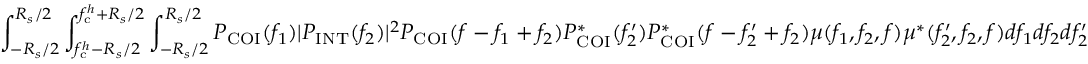
\int _ { - R _ { s } / 2 } ^ { R _ { s } / 2 } \int _ { f _ { \mathrm { c } } ^ { h } - R _ { s } / 2 } ^ { f _ { \mathrm { c } } ^ { h } + R _ { s } / 2 } \int _ { - R _ { s } / 2 } ^ { R _ { s } / 2 } P _ { \mathrm { C O I } } ( f _ { 1 } ) | P _ { \mathrm { I N T } } ( f _ { 2 } ) | ^ { 2 } P _ { \mathrm { C O I } } ( f - f _ { 1 } + f _ { 2 } ) P _ { \mathrm { C O I } } ^ { \ast } ( f _ { 2 } ^ { \prime } ) P _ { \mathrm { C O I } } ^ { \ast } ( f - f _ { 2 } ^ { \prime } + f _ { 2 } ) \mu ( f _ { 1 } , f _ { 2 } , f ) \mu ^ { \ast } ( f _ { 2 } ^ { \prime } , f _ { 2 } , f ) d f _ { 1 } d f _ { 2 } d f _ { 2 } ^ { \prime }